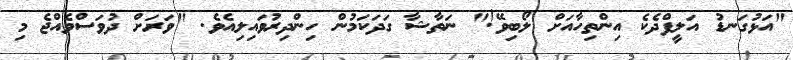
"އަޅުގަނޑު އަލީފްދެކެ އިންތިހާއަށް ލޯބިވޭ!" ނަތާޝާ ގަދަކަމުން ހިންދިރުވައިލިއެވެ. "ވަރަށް ދުވަސްވެއްޖެ މި